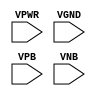
module sky130_fd_sc_ls__tapmet1 (
    VPWR,
    VGND,
    VPB ,
    VNB
);

    input VPWR;
    input VGND;
    input VPB ;
    input VNB ;
endmodule